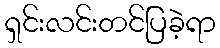
ရှင်းလင်းတင်ပြခဲ့ရာ